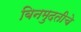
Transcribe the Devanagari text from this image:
बिनमुदतीचे